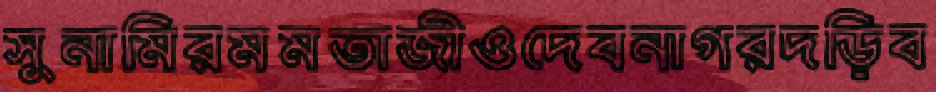
সুনামিরমমতাজীওদেবনাগরদড়িব